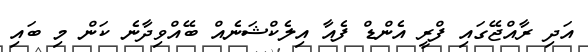
އަދި ރާއްޖޭގައި ފްރީ އެންޑް ފެއާ އިލެކްޝަނެއް ބޭއްވިދާނެ ކަން މި ބައި